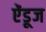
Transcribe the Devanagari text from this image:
ऐंडूज